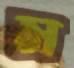
ম